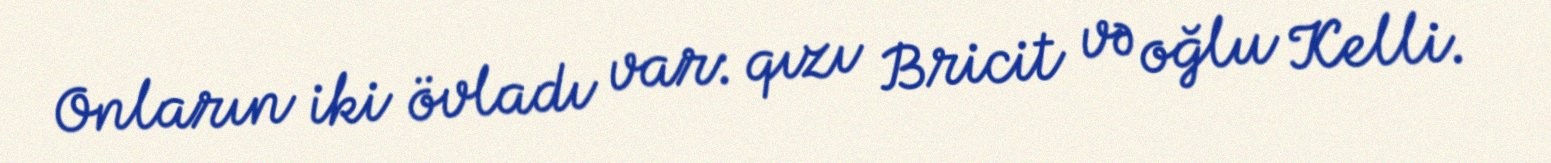
Onların iki övladı var: qızı Bricit və oğlu Kelli.